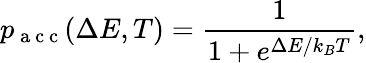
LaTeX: p_{\mathrm{~a~c~c~}}(\Delta E,T)=\frac{1}{1+e^{\Delta E/k_{B}T}},